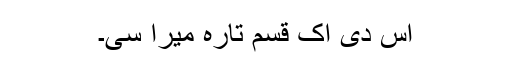
اس دی اک قسم تارہ میرا سی۔